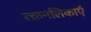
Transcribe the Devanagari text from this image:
रक्तनलिकाएँ